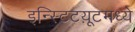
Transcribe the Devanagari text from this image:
इन्स्टिटय़ूटमध्ये